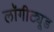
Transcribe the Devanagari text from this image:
लॉगीट्यूड